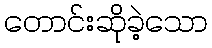
တောင်းဆိုခဲ့သော